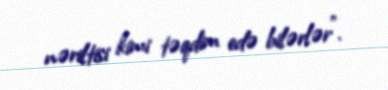
nəriltisi kimi təqdim edə bilərlər".